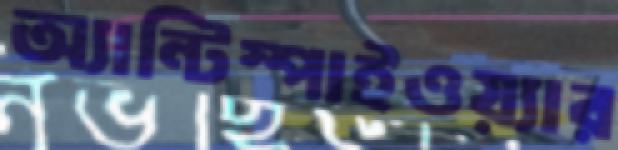
অ্যান্টিস্পাইওয়্যার